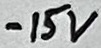
Text: -15V